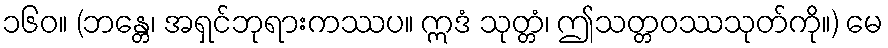
၁၆၀။ (ဘန္တေ၊ အရှင်ဘုရားကဿပ။ ဣဒံ သုတ္တံ၊ ဤသတ္တဝဿသုတ်ကို။) မေ